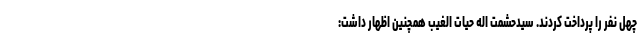
چهل نفر را پرداخت کردند. سیدحشمت اله حیات الغیب همچنین اظهار داشت: